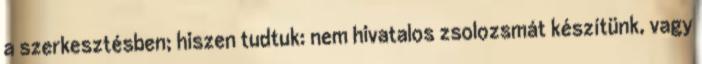
a szerkesztésben; hiszen tudtuk: nem hivatalos zsolozsmát készítünk, vagy